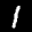
Label: 1